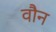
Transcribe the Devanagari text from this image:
वौन